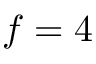
f = 4